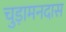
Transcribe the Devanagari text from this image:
चुड़ामनदास